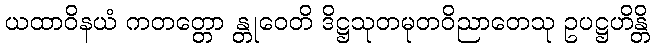
ယထာဝိနယံ ကတတ္တော န္တုဝေတိ ဒိဋ္ဌသုတမုတဝိညာတေသု ဥပဋ္ဌဟိန္တိ